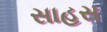
સાહસ